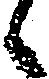
候